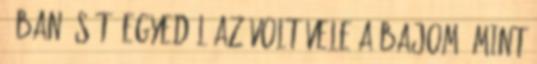
3-ban, sőt. Egyedül az volt vele a bajom, mint